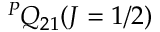
^ P Q _ { 2 1 } ( J = 1 / 2 )